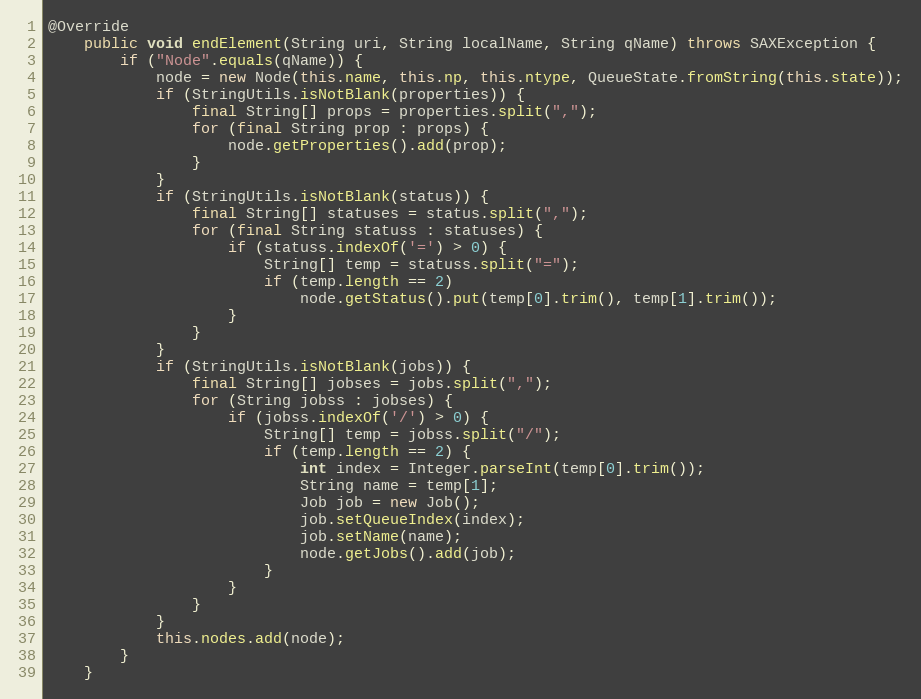
Language: Java
@Override
    public void endElement(String uri, String localName, String qName) throws SAXException {
        if ("Node".equals(qName)) {
            node = new Node(this.name, this.np, this.ntype, QueueState.fromString(this.state));
            if (StringUtils.isNotBlank(properties)) {
                final String[] props = properties.split(",");
                for (final String prop : props) {
                    node.getProperties().add(prop);
                }
            }
            if (StringUtils.isNotBlank(status)) {
                final String[] statuses = status.split(",");
                for (final String statuss : statuses) {
                    if (statuss.indexOf('=') > 0) {
                        String[] temp = statuss.split("=");
                        if (temp.length == 2)
                            node.getStatus().put(temp[0].trim(), temp[1].trim());
                    }
                }
            }
            if (StringUtils.isNotBlank(jobs)) {
                final String[] jobses = jobs.split(",");
                for (String jobss : jobses) {
                    if (jobss.indexOf('/') > 0) {
                        String[] temp = jobss.split("/");
                        if (temp.length == 2) {
                            int index = Integer.parseInt(temp[0].trim());
                            String name = temp[1];
                            Job job = new Job();
                            job.setQueueIndex(index);
                            job.setName(name);
                            node.getJobs().add(job);
                        }
                    }
                }
            }
            this.nodes.add(node);
        }
    }